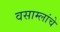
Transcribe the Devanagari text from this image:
वसाम्लांचे